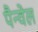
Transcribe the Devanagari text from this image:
पैन्वेल